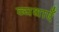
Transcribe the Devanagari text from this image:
व्यथाएँ